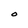
Character: O